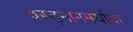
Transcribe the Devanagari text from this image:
वस्तुमानमर्यादा